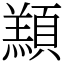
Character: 䫞